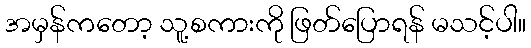
အမှန်ကတော့ သူ့စကားကို ဖြတ်ပြောရန် မသင့်ပါ။